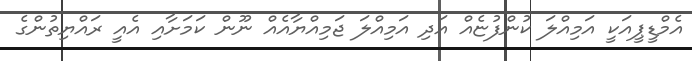
އެމްޑީޕީއަކީ އަމިއްލަ ކުންފުޏެއް އަދި އަމިއްލަ ޖަމިއްޔާއެއް ނޫން ކަމަށާއި އެއީ ރައްޔިތުންގެ